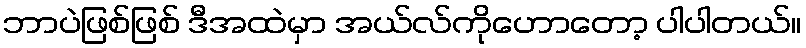
ဘာပဲဖြစ်ဖြစ် ဒီအထဲမှာ အယ်လ်ကိုဟောတော့ ပါပါတယ်။